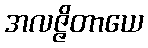
အလဇ္ဇိတာယေ